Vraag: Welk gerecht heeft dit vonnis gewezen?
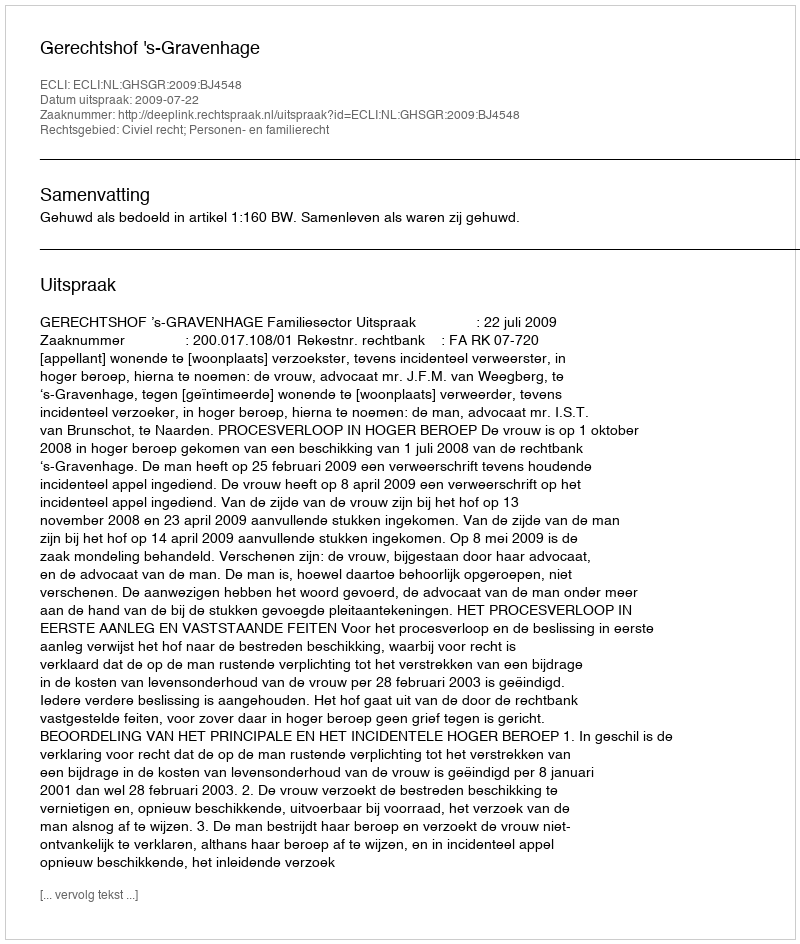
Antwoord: Gerechtshof 's-Gravenhage